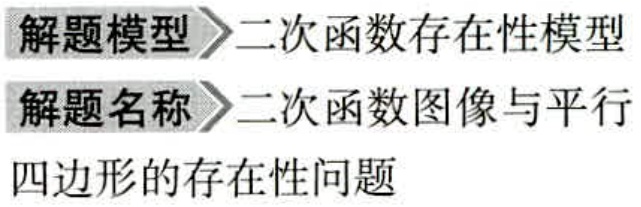
解题模型 \(\rightharpoonup\) 二次函数存在性模型
解题名称 \(\rightharpoonup\) 二次函数图像与平行四边形的存在性问题